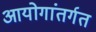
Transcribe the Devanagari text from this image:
आयोगांतर्गत